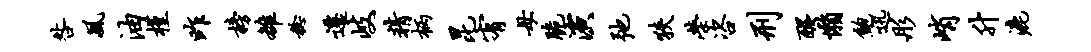
咎风油槿昨榜雒稔迁岐精柄昆宥母脆演弛狭荣咨刑醒懒鲍迅彤峭升漉